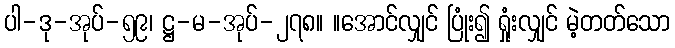
ပါ-ဒု-အုပ်-၅၉၊ ဋ္ဌ-မ-အုပ်-၂၇၈။ ။အောင်လျှင် ပြုံး၍ ရှုံးလျှင် မဲ့တတ်သော